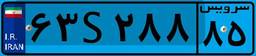
۹۲S۸۰۷۳۵